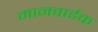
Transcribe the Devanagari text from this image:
मानवाईक